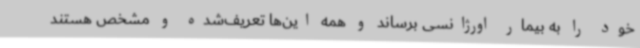
خود را به بیمار اورژانسی برساند و همه این‌ها تعریف‌شده و مشخص هستند